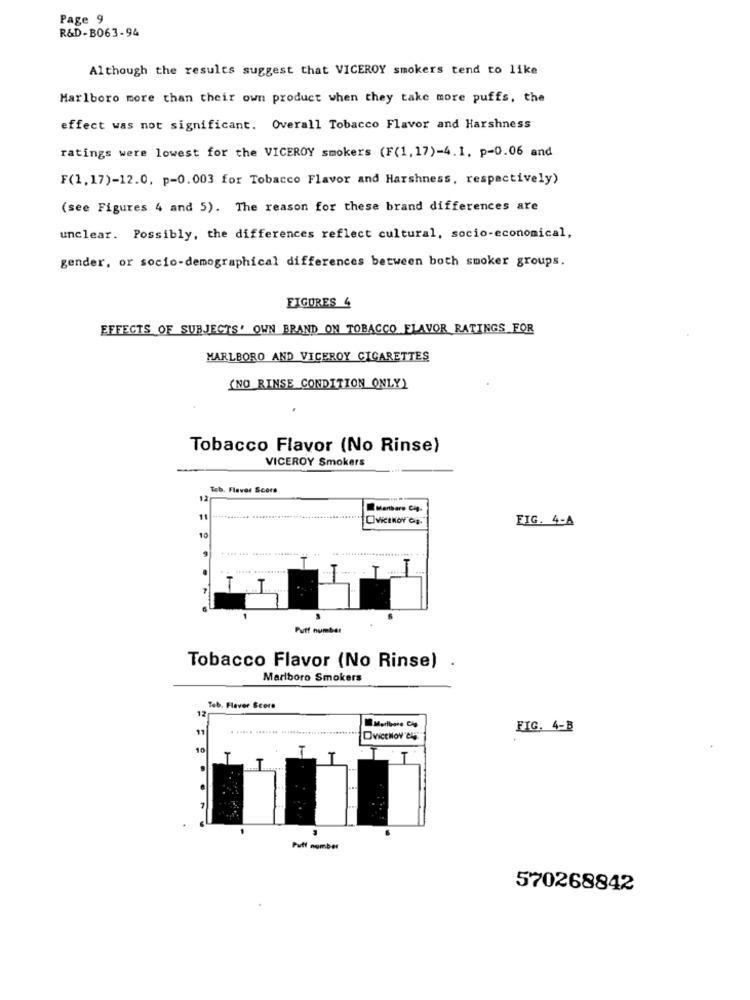
Page 9
R&D-B063-94
Although the results suggest that VICEROY smokers tend to like
Marlboro more than their own product when they take more puffs, the
effect was not significant. Overall Tobacco Flavor and Harshness
ratings were lowest for the VICEROY smokers (F(1, 17)-4.1, p=0.06 and
F(1,17)-12.0. p=0.003 for Tobacco Flavor and Harshness, respectively)
(see Figures 4 and 5). The reason for these brand differences are
unclear. Possibly, the differences reflect cultural, socio-economical,
gender, or socio-demographical differences between both smoker groups.
FIGURES 4
EFFECTS OF SUBJECTS' OWN BRAND ON TOBACCO FLAVOR RATINGS FOR
MARLBORO AND VICEROY CIGARETTES
(NO RINSE CONDITION ONLY)
Tobacco Flavor (No Rinse)
VICEROY Smokers
Tob. Flavor Score
12
Mertbare CHg.
11
10
FIG. 4-A
... +
Puff number
Tobacco Flavor (No Rinse) .
Marlboro Smokers
Teb. Flavor Score
12
11
FIG. 4-B
OwiceHow"eu
10
T
.
Puff number
570268842